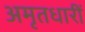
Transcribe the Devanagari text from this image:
अमृतधारीं